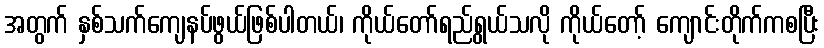
အတွက် နှစ်သက်ကျေနပ်ဖွယ်ဖြစ်ပါတယ်၊ ကိုယ်တော်ရည်ရွယ်သလို ကိုယ်တော့် ကျောင်းတိုက်ကစပြီး